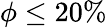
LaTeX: \phi\leq 20\%